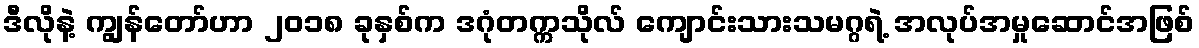
ဒီလိုနဲ့ ကျွန်တော်ဟာ ၂၀၁၈ ခုနှစ်က ဒဂုံတက္ကသိုလ် ကျောင်းသားသမဂ္ဂရဲ့ အလုပ်အမှုဆောင်အဖြစ်